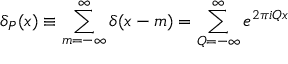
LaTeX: \delta _ { P } ( x ) \equiv \sum _ { m = - \infty } ^ { \infty } \delta ( x - m ) = \sum _ { Q = - \infty } ^ { \infty } e ^ { 2 \pi i Q x }